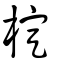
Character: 椗